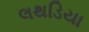
લથડિયા